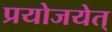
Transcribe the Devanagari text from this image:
प्रयोजयेत्